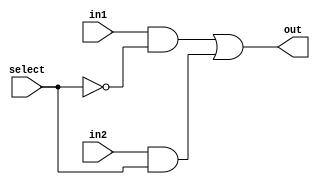
//MUX_2X1
// quando select=0: out = in1.
// quando select=1: out = 1n2.

`timescale  1ms/1ms

module MUX_2X1(input in1,in2,select, output out);  
  wire select_not, out1, out2;
  
  assign select_not = !select; 
  assign out1 = in1 && select_not;
  assign out2 = in2 && select;
  assign out = out1 || out2;
  
endmodule